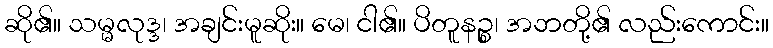
ဆို၏။ သမ္မလုဒ္ဒ၊ အချင်းမူဆိုး။ မေ၊ ငါ၏။ ပိတူနဉ္စ၊ အဘတို့၏ လည်းကောင်း။